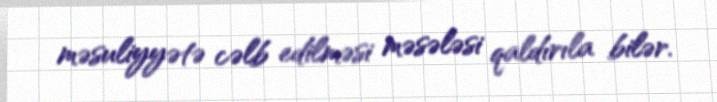
məsuliyyətə cəlb edilməsi məsələsi qaldırıla bilər.